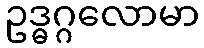
ဥဒ္ဓဂ္ဂလောမာ